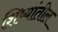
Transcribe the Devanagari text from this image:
शिष्यांतील